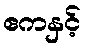
ဧကနှင့်